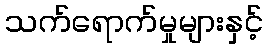
သက်ရောက်မှုများနှင့်